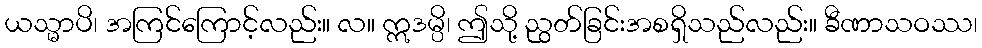
ယသ္မာပိ၊ အကြင်ကြောင့်လည်း။ လ။ ဣဒမ္ပိ၊ ဤသို့ ညွတ်ခြင်းအစရှိသည်လည်း။ ခီဏာသဝဿ၊